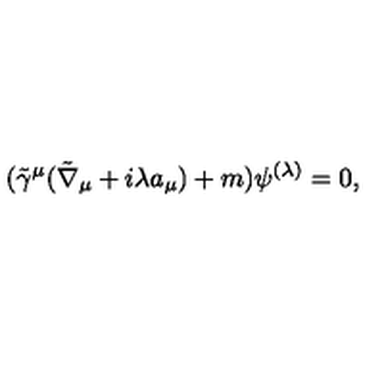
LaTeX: ( \tilde { \gamma } ^ { \mu } ( \tilde { \nabla } _ { \mu } + i \lambda a _ { \mu } ) + m ) \psi ^ { ( \lambda ) } = 0 ,